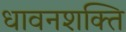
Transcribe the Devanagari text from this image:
धावनशक्ति